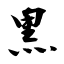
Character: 黒